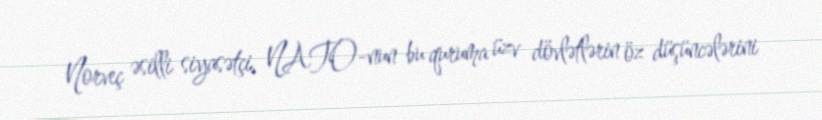
Norveç əsilli siyasətçi, NATO-nun bu quruma üzv dövlətlərin öz düşüncələrini